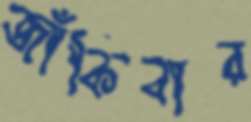
জাঁকিবার